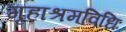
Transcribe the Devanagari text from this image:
गृहाश्रमविधिः